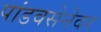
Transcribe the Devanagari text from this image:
पांडवसेनेवर